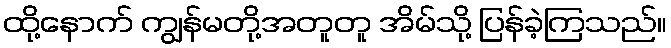
ထို့နောက် ကျွန်မတို့အတူတူ အိမ်သို့ ပြန်ခဲ့ကြသည်။